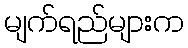
မျက်ရည်များက